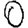
Digit: 0